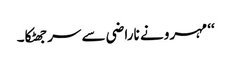
‘‘ مہرو نے ناراضی سے سر جھٹکا۔